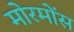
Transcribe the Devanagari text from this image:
मोरमोंस